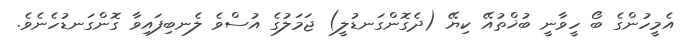
އެމީހުންގެ ބޯ ހީވާނީ ބުޚްތުއޭ ކިޔޭ (ދެގޮންގަނޑުލީ) ޖަމަލުގެ އުސްވެ ލެނބިފައިވާ ގޮންގަނޑުހެނެވެ.